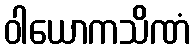
ဝါယောကသိဏံ